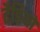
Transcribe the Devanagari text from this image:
टैडियो